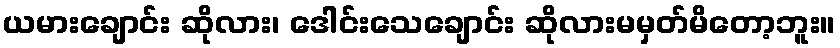
ယမားချောင်း ဆိုလား၊ ဒေါင်းသေချောင်း ဆိုလားမမှတ်မိတော့ဘူး။